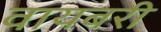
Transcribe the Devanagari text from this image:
वायबरी